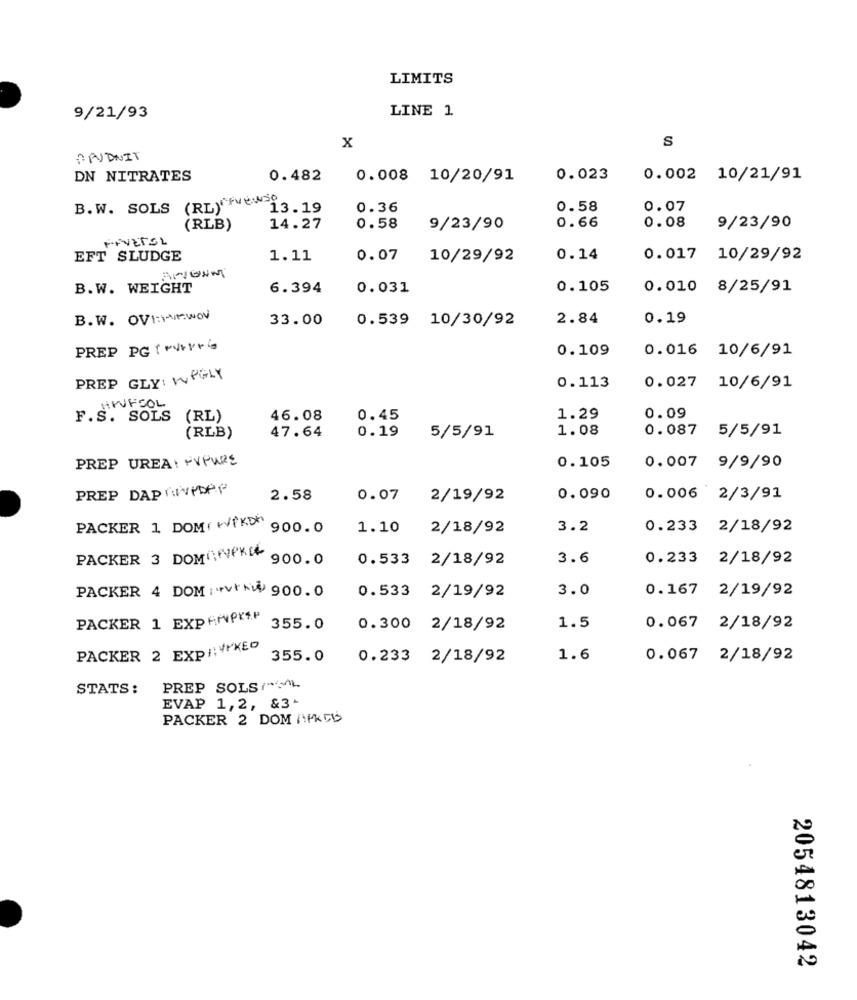
LIMITS
9/21/93
LINE 1
S
x
APUDNIT
DN NITRATES
0.482
0.008 10/20/91
0.023 0.002 10/21/91
B.W. SOLS (RL)fewso
13.19
0.36
0.58
0.07
(RLB)
14.27
0.58
9/23/90
0.66
0.08
9/23/90
FIVETEL
EFT SLUDGE
1.11
0.07
10/29/92
0.14
0.017 10/29/92
B.W. WEIGHT
6.394
0.031
0.105
0.010 8/25/91
B. W. OVINEWOV
33.00
0.539 10/30/92
2.84
0.19
PREP PG( ****
0.109
0.016 10/6/91
PREP GLY WPGLY
0.113
0.027 10/6/91
MWFSOL
F.S. SOLS
(RL)
46.08
0.45
1.29
0.09
1.08
0.087 5/5/91
(RLB)
47.64
0.19
5/5/91
PREP UREA FVPURE
0.007 9/9/90
0.105
PREP DAPRIVADAP
2.58
0.07 2/19/92
0.090
0.006 2/3/91
PACKER 1 DOM( WPKDY
900.0
1.10
2/18/92
3.2
0.233 2/18/92
PACKER 3 DOMONYPKEL
900.0
0.533 2/18/92
3.6
0.233 2/18/92
0.533
3.0
0.167 2/19/92
PACKER 4 DOMW 900.0
2/19/92
PACKER 1 EXPANPKP
1.5
355.0
0.300 2/18/92
0.067 2/18/92
PACKER 2 EXPI: 4KEO
355.0
0.233 2/18/92
1.6
0.067 2/18/92
STATS :
PREP SOLS( ~~ L
EVAP 1,2, &3-
PACKER 2 DOM /FKED
2054813042